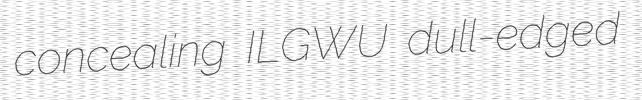
concealing ILGWU dull-edged